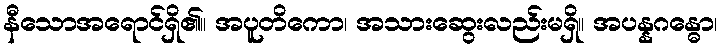
နီသောအရောင်ရှိ၏။ အပူတိကော၊ အသားဆွေးလည်းမရှိ။ အပန္နဂန္ဓော၊